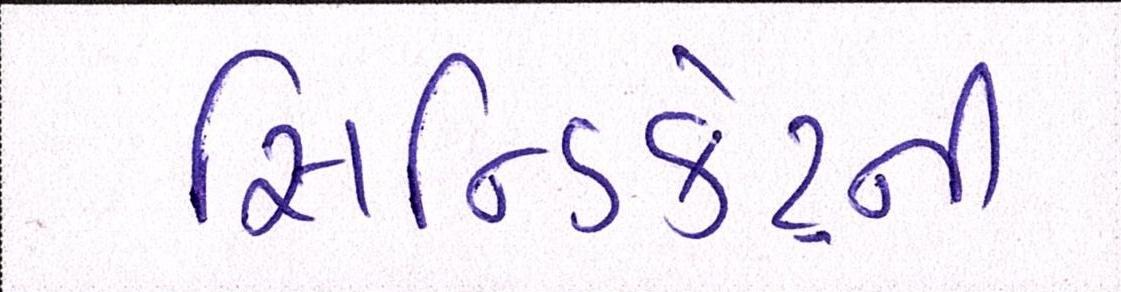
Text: સિન્ડિકેટની